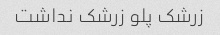
زرشک پلو زرشک نداشت